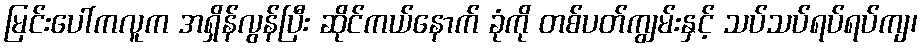
မြင်းပေါ်ကလူက အရှိန်လွန်ပြီး ဆိုင်ကယ်နောက် ခုံကို တစ်ပတ်ကျွမ်းနှင့် သပ်သပ်ရပ်ရပ်ကျ၊